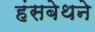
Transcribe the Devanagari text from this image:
हंसबेथने